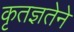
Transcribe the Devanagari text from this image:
कृतज्ञतेने